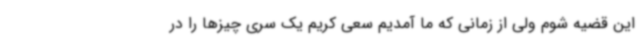
این قضیه شوم ولی از زمانی که ما آمدیم سعی کریم یک سری چیزها را در